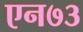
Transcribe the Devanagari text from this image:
एन७३